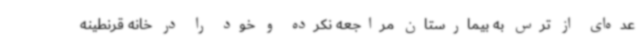
عده‌ای از ترس به بیمارستان مراجعه نکرده و خود را در خانه قرنطینه